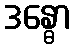
ဒန္ဓော